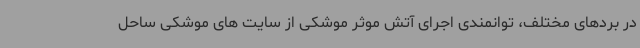
در بردهای مختلف، توانمندی اجرای آتش موثر موشکی از سایت های موشکی ساحل